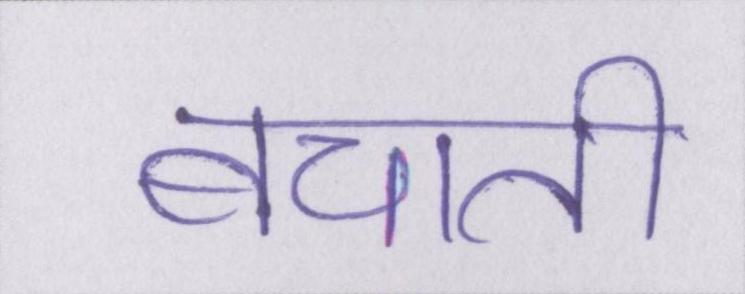
बचाती